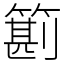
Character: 䉇